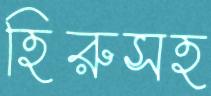
হিরুসহ